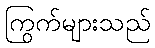
ကြွက်များသည်